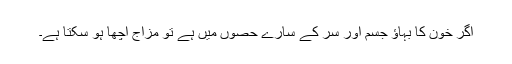
اگر خون کا بہاؤ جسم اور سر کے سارے حصوں میں ہے تو مزاج اچھا ہو سکتا ہے۔